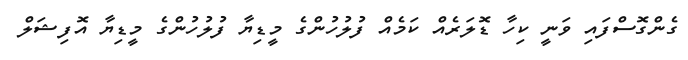
ގެންގޮސްފައި ވަނީ ކިހާ ޑޮލަރެއް ކަމެއް ފުލުހުންގެ މީޑިޔާ ފުލުހުންގެ މީޑިޔާ އޮފިޝަލް